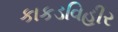
કાકડવિહીર